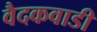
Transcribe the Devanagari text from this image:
वैदकवाडी